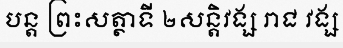
បន្ត ព្រះសត្ថាទី ២សន្តិវង្ស រាជ វង្ស